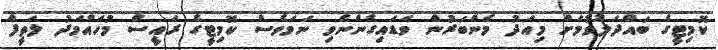
ކޮމިޓީގެ ބައްދަލުވުމަށް މިއަދު މެންބަރުން ވަޑައިގެންނެވި ނަމަވެސް ކޮމިޓީގެ ރައީސް މުހައްމަދު ލަތީފް